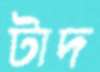
টাদ